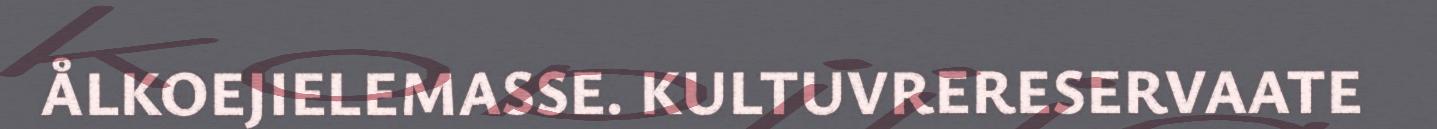
ÅLKOEJIELEMASSE. KULTUVRERESERVAATE